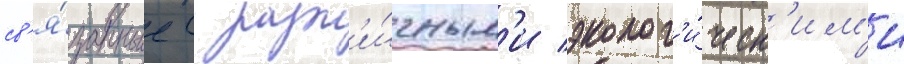
св'я́занные с разл'и́чным'и эколог'и́ческ'им'и